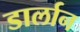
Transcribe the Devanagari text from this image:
डार्लान